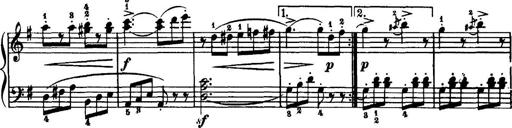
Title: 7 Sonatinas
Composer: Anton Diabelli